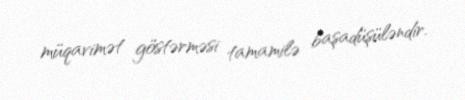
müqavimət göstərməsi tamamilə başadüşüləndir.